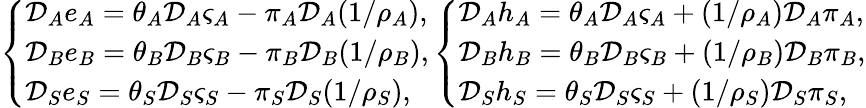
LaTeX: \left\{ \begin{array}{ll}{\mathcal{D}_{A}e_{A}=\theta_{A}\mathcal{D}_{A}\varsigma_{A}-\pi_{A}\mathcal{D}_{A}(1/{\rho_{A}}),}\\ {\mathcal{D}_{B}e_{B}=\theta_{B}\mathcal{D}_{B}\varsigma_{B}-\pi_{B}\mathcal{D}_{B}(1/{\rho_{B}}),}\\ {\mathcal{D}_{S}e_{S}=\theta_{S}\mathcal{D}_{S}\varsigma_{S}-\pi_{S}\mathcal{D}_{S}(1/{\rho_{S}}),}\end{array}\right.\left\{ \begin{array}{ll}{\mathcal{D}_{A}h_{A}=\theta_{A}\mathcal{D}_{A}\varsigma_{A}+(1/{\rho_{A}})\mathcal{D}_{A}\pi_{A},}\\ {\mathcal{D}_{B}h_{B}=\theta_{B}\mathcal{D}_{B}\varsigma_{B}+(1/{\rho_{B}})\mathcal{D}_{B}\pi_{B},}\\ {\mathcal{D}_{S}h_{S}=\theta_{S}\mathcal{D}_{S}\varsigma_{S}+(1/{\rho_{S}})\mathcal{D}_{S}\pi_{S},}\end{array}\right.